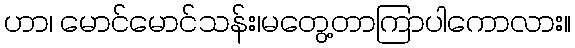
ဟာ၊ မောင်မောင်သန်း၊မတွေ့တာကြာပါကောလား။